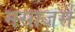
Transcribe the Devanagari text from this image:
मसाजर्स